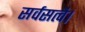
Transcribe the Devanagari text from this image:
सर्वसत्वै।